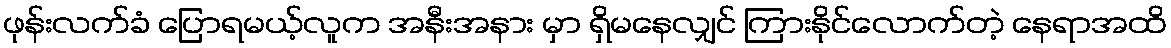
ဖုန်းလက်ခံ ပြောရမယ့်လူက အနီးအနား မှာ ရှိမနေလျှင် ကြားနိုင်လောက်တဲ့ နေရာအထိ